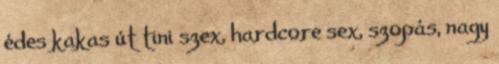
édes kakas út tini szex, hardcore sex, szopás, nagy